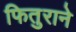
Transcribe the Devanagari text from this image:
फितुराने